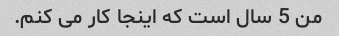
من 5 سال است که اینجا کار می کنم.